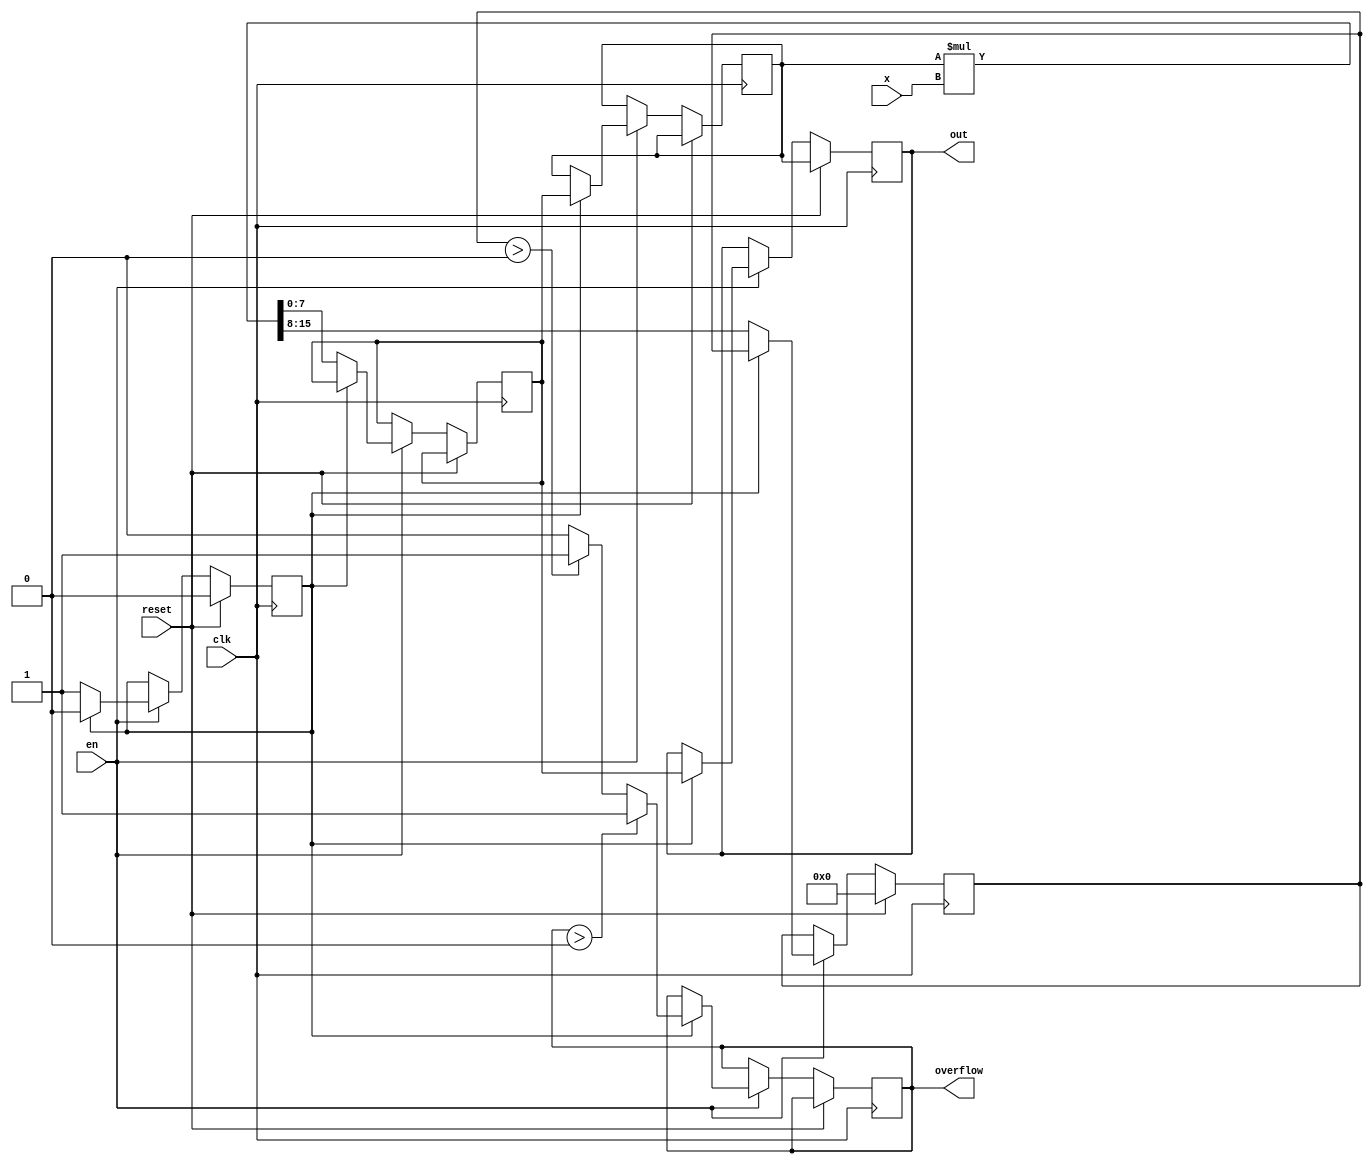
// This program was cloned from: https://github.com/katherinezhao02/karatroc-hsm
// License: MIT License

module mulacc #(
    parameter WIDTH = 8
) (
    input clk,
    input reset,
    input en,
    input [WIDTH-1:0] x,
    output reg [WIDTH-1:0] out,
    output overflow
);

reg [WIDTH-1:0] acc;
reg [WIDTH-1:0] extra;
reg [WIDTH-1:0] tmp_acc;
reg state;
reg ovf;

always @(posedge clk) begin

    if (reset) begin
        extra <= 0;
        state<=0;
        out <= acc;
    end
    else if (en) begin
        if (state ==0) begin
            {extra, tmp_acc} <= acc*x;
            state <=1;
        end else begin
            ovf <= (ovf > 0) ? 1: ((extra >0) ? 1 : 0);
            acc <= tmp_acc;
            state<=0;
            out <=tmp_acc;
        end
    end
    
end
assign overflow = ovf;


endmodule